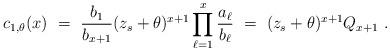
LaTeX: \begin{align*}c_{1,\theta}(x) \ = \ \frac{b_1}{b_{x+1}}(z_s+\theta)^{x+1}\prod_{\ell=1}^x \frac{a_\ell}{b_\ell} \ = \ (z_s+\theta)^{x+1}Q_{x+1} \ .\end{align*}